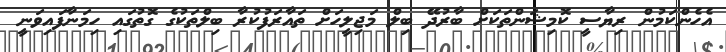
އެހެންކަމުން ރިޔާސީ ކޮމިޝަންތަކަށް ބާރުދޭ ބިލް މަޖިލީހަށް ތައާރަފުކުރާ ބިލްތަކުގެ ގޮތުގައި ހިމަނާފައިވަނީ